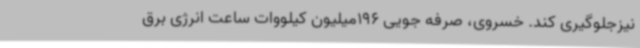
نیزجلوگیری کند. خسروی، صرفه جویی 196میلیون کیلووات ساعت انرژی برق